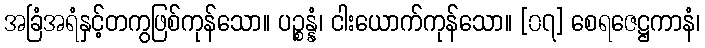
အခြံအရံနှင့်တကွဖြစ်ကုန်သော။ ပဉ္စန္နံ၊ ငါးယောက်ကုန်သော။ [၀၇] စေရဇေဋ္ဌကာနံ၊